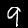
Digit: 9